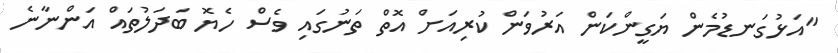
"އަޅުގަނޑުމެން ޔަގީންކަން އަރުވަން ކުރިއަށް އޮތް ތަނުގައި ވެސް ހެޔޮ ބަދަލުތައް އަންނާނެ